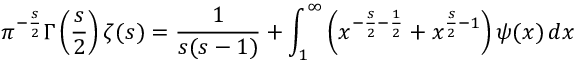
\pi ^ { - { \frac { s } { 2 } } } \Gamma \left( { \frac { s } { 2 } } \right) \zeta ( s ) = { \frac { 1 } { s ( { s - 1 } ) } } + \int _ { 1 } ^ { \infty } \left( { x ^ { - { \frac { s } { 2 } } - { \frac { 1 } { 2 } } } + x ^ { { \frac { s } { 2 } } - 1 } } \right) \psi ( x ) \, d x